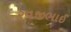
રવજીભાઈ